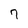
Character: 7